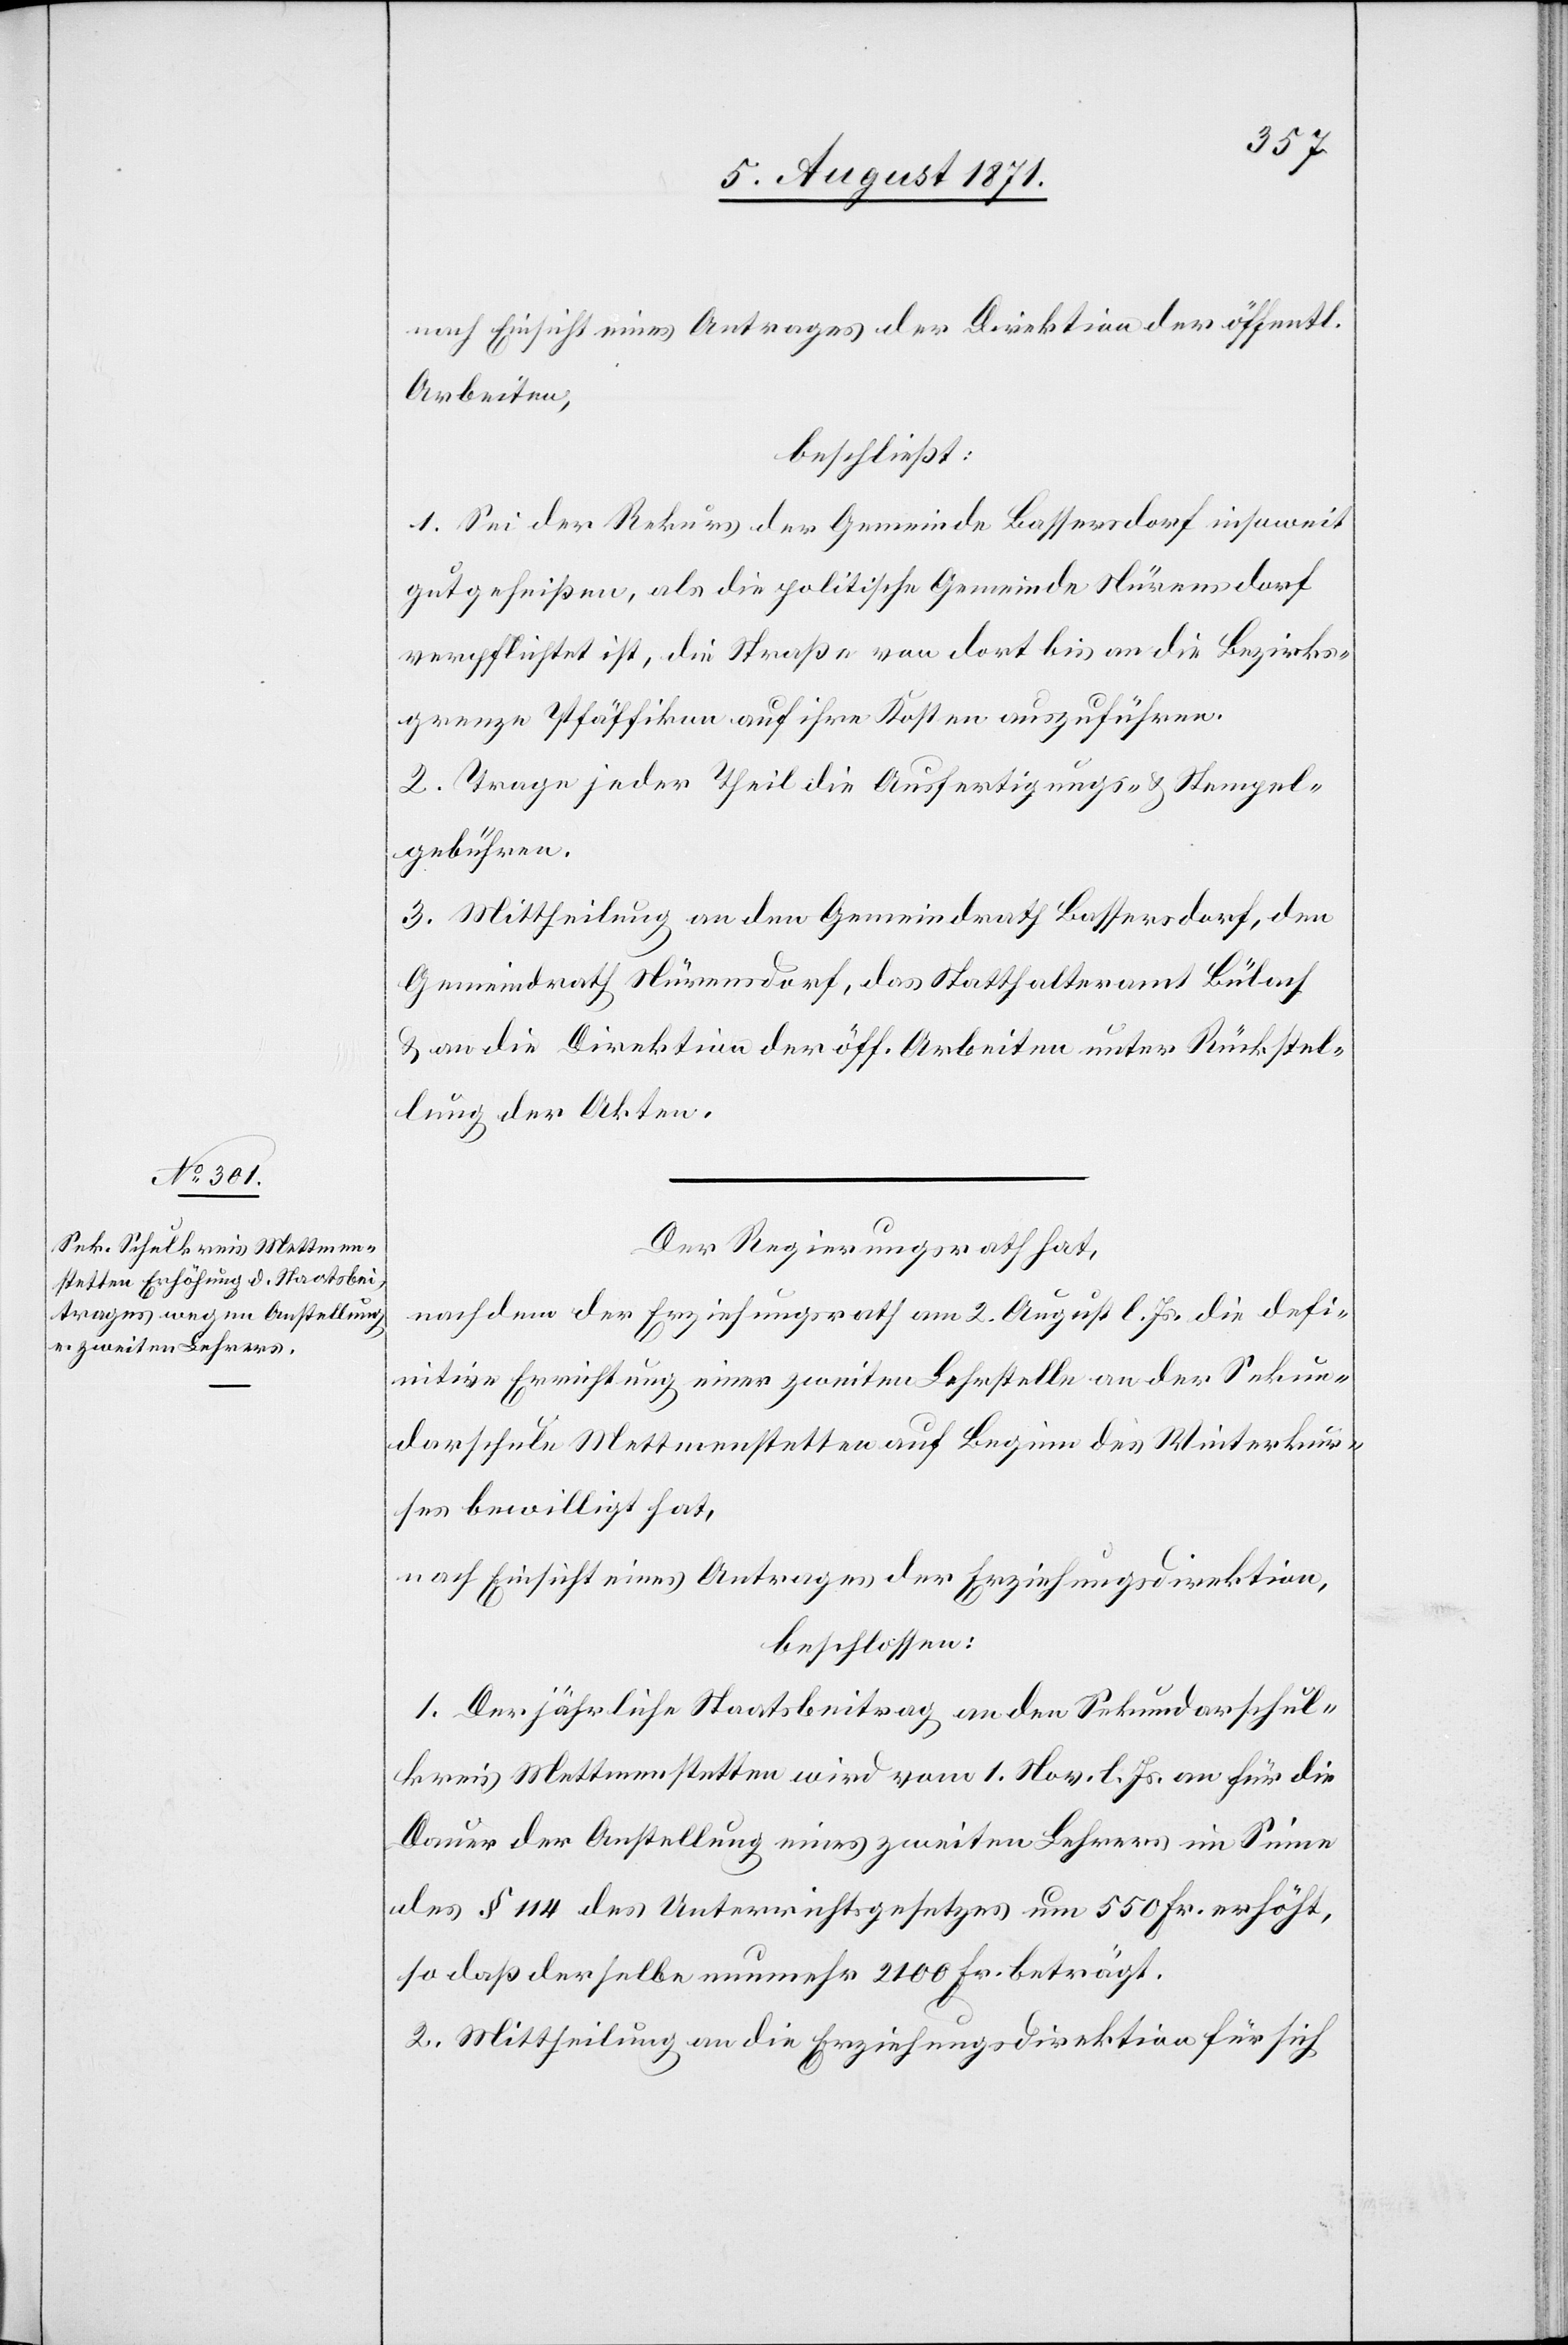
nach Einsicht eines Antrages der Direktion der öffentl.
Arbeiten,
beschließt:
1. Sei der Rekurs der Gemeinde Bassersdorf insoweit
gutgeheißen, als die politische Gemeinde Nürensdorf
verpflichtet ist, die Straße von dort bis an die Bezirks¬
grenze Pfäffikon auf ihre Kosten auszuführen.
2. Trage jeder Theil die Ausfertigungs- u. Stempel¬
gebühren.
3. Mittheilung an den Gemeindrath Bassersdorf, den
Gemeindrath Nürensdorf, das Statthalteramt Bülach
u. an die Direktion der öff. Arbeiten unter Rückstel¬
lung der Akten.
Der Regierungsrath hat,
nachdem der Erziehungsrath am 2. August l. Js. die defi¬
nitive Errichtung einer zweiten Lehrstelle an der Sekun¬
darschule Mettmenstetten auf Beginn des Winterkur¬
ses bewilligt hat,
nach Einsicht eines Antrages der Erziehungsdirektion,
beschlossen:
1. Der jährliche Staatsbeitrag an den Sekundarschul¬
kreis Mettmenstetten wird vom 1. Nov. l. Js. an für die
Dauer der Anstellung eines zweiten Lehrers im Sinne
des § 114 des Unterrichtsgesetzes um 550 Fr. erhöht,
so daß derselbe nunmehr 2100 Fr. beträgt.
2. Mittheilung an die Erziehungsdirektion für sich